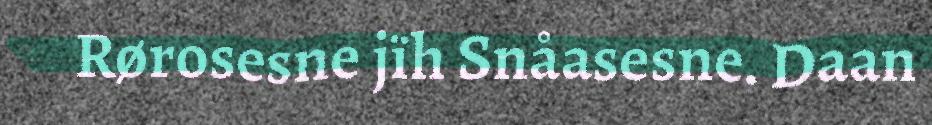
Rørosesne jïh Snåasesne. Daan